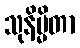
သုနိမ္မိတာ